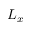
L _ { x }